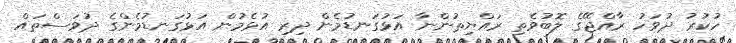
ހުކުރު ދުވަހު ރާއްޖޭގެ ލޮބުވެތި ރައްޔިތުންނާ އަޅުގަނޑުމެން ދިރި އުޅެމުން އަޅުގަނޑުމެންގެ ދުވަސްތައް